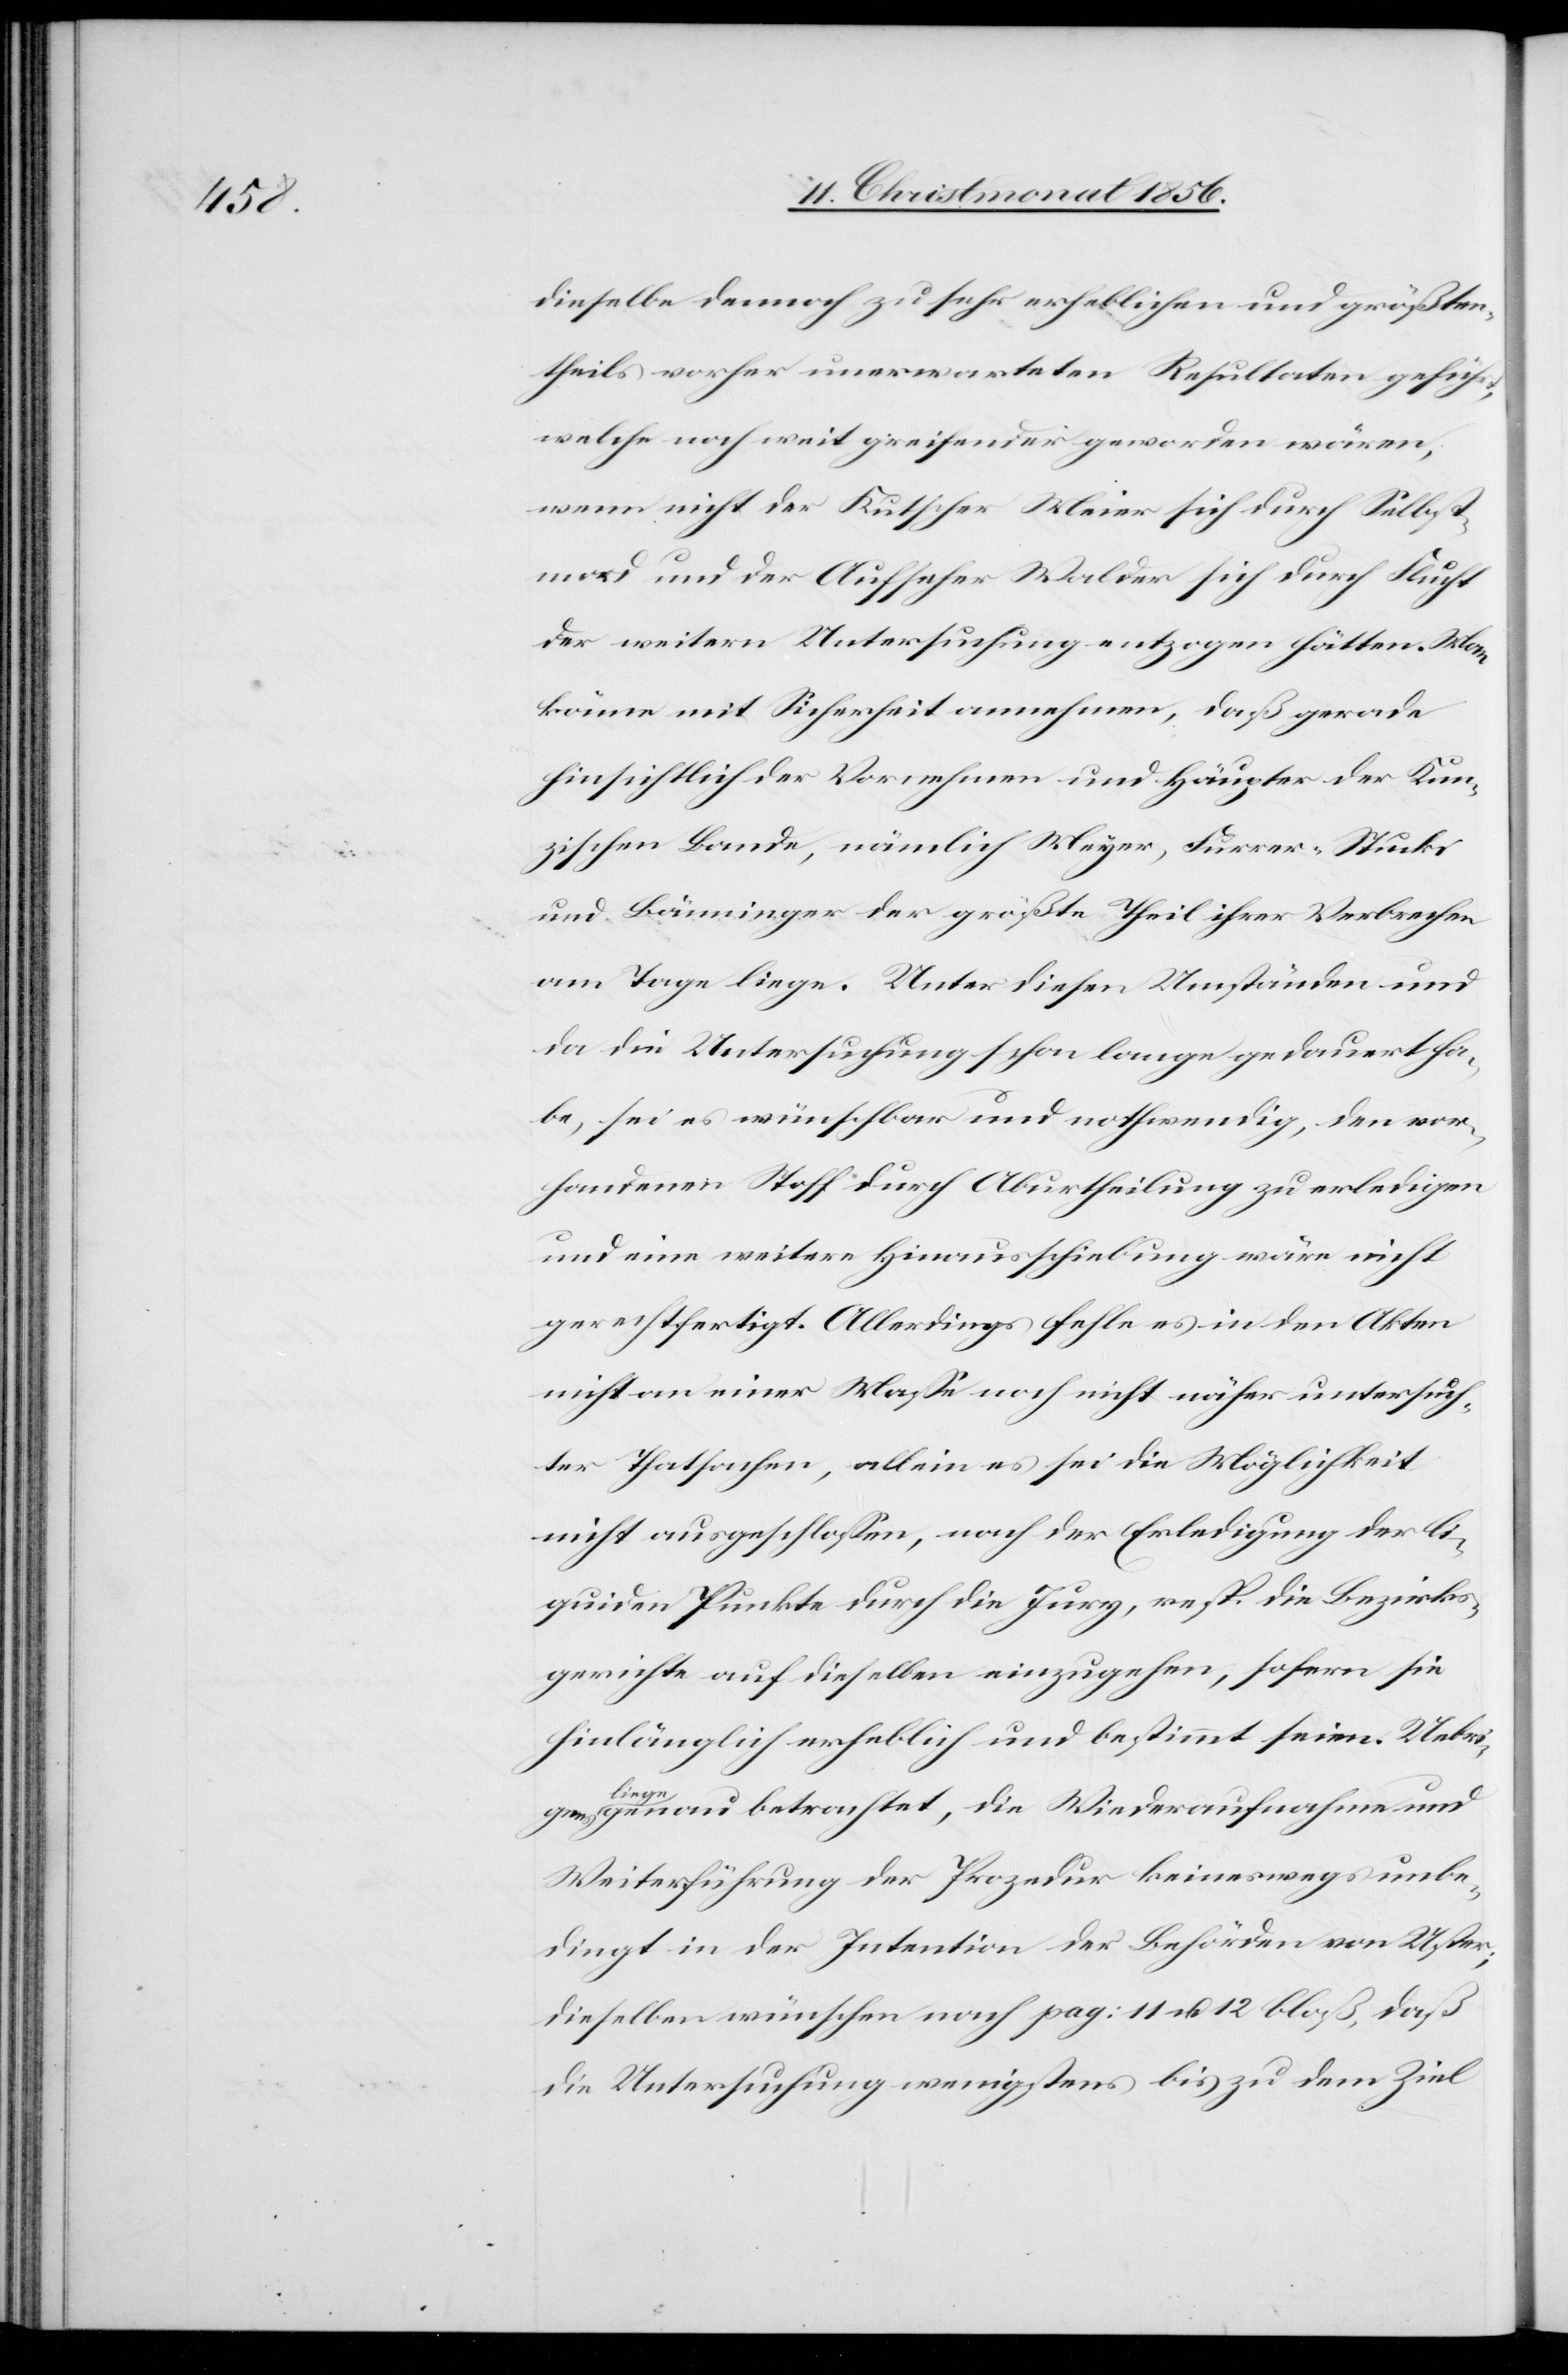
dieselbe dennoch zu sehr erheblichen und größten¬
theils vorher unerwarteten Resultaten geführt,
welche noch weit greifender geworden wären,
wenn nicht der Kutscher Meier sich durch Selbst¬
mord und der Aufseher Walder sich durch Flucht
der weitern Untersuchung entzogen hätten. Man
könne mit Sicherheit annehmen, daß gerade
hinsichtlich der Vornehmen und Häupter der Kun¬
zischen Bande, nämlich Meyer, Furrer-Stucki
und Bänninger der größte Theil ihrer Verbrechen
am Tage liege. Unter diesen Umständen und
da die Untersuchung schon lange gedauert ha¬
be, sei es wünschbar und nothwendig, den vor¬
handenen Stoff durch Aburtheilung zu erledigen
und eine weitere Hinausschiebung wäre nicht
gerechtfertigt. Allerdings fehle es in den Akten
nicht an einer Masse noch nicht näher untersuch¬
ter Tatsachen, allein es sei die Möglichkeit
nicht ausgeschlossen, nach der Erledigung der li¬
quiden Punkte durch die Jury, resp. die Bezirks¬
gerichte auf dieselben einzugehen, sofern sie
hinlänglich erheblich und bestimmt seien. Uebri¬
gens
genau betrachtet, die Wiederaufnahme und
Weiterführung der Prozedur keineswegs unbe¬
dingt in der Intention der Behörden von Uster;
dieselben wünschen nach pag: 11 u. 12 bloß, daß
die Untersuchung wenigstens bis zu dem Ziel